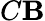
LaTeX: C\mathbf{B}